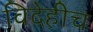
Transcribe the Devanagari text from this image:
विदेहीच